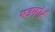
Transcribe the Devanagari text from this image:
मडफोर्ट